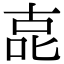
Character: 㖛